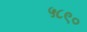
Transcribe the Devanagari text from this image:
५८९०